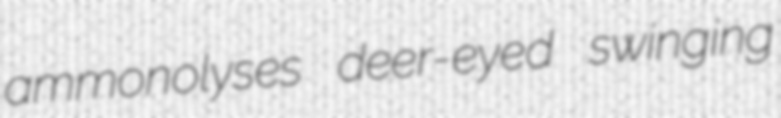
ammonolyses deer-eyed swinging